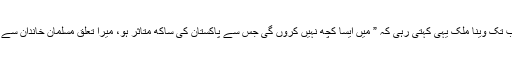
گمان ہے کہ شیخ صاحب کو اس وقت تک ضرور امید ِ وصل رہی ہو گی جب تک وینا ملک یہی کہتی رہی کہ ” میں ایسا کچھ نہیں کروں گی جس سے پاکستان کی ساکھ متاثر ہو، میرا تعلق مسلمان خاندان سے اور مسلمان ہونے کے ناطے ایک مسلمان لڑکے سے ہی شادی کروں گی “۔